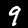
Digit: 9